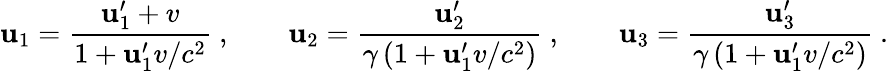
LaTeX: \mathbf{u}_{1}={\frac{{\mathbf{u}_{1}^{\prime}+v}}{{1+\mathbf{u}_{1}^{\prime}v/c^{2}}}}\ ,\qquad\mathbf{u}_{2}={\frac{{\mathbf{u}_{2}^{\prime}}}{{\gamma\left(1+\mathbf{u}_{1}^{\prime}v/c^{2}\right)}}}\ ,\qquad\mathbf{u}_{3}={\frac{{\mathbf{u}_{3}^{\prime}}}{{\gamma\left(1+\mathbf{u}_{1}^{\prime}v/c^{2}\right)}}}\ .